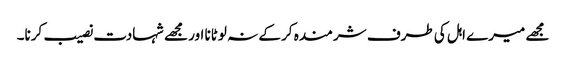
مجھے میرے اہل کی طرف شرمندہ کر کے نہ لوٹانا اور مجھے شہادت نصیب کرنا۔